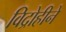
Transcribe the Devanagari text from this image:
विद्रोहीने